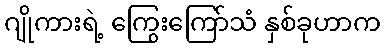
ဂျိုကားရဲ့ ကြွေးကြော်သံ နှစ်ခုဟာက